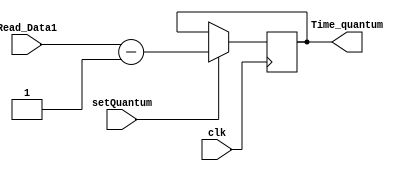
module Timer(
    input clk,
    input setQuantum,            // Sinal para acionar a redefinio
	 input [31:0] Read_Data1,
    output reg [31:0] Time_quantum        // Sinaliza quando o Time_quantum se esgota
);


always @(negedge clk) begin
    if (setQuantum) Time_quantum <= Read_Data1-32'd1;
end

endmodule